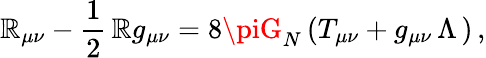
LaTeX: \mathbb{R}_{\mu\nu}-\frac{{1}}{{2}}\, \mathbb{R}g_{\mu\nu}=8\piG_{N}\, (T_{\mu\nu}+g_{\mu\nu}\, \Lambda\, )\, ,